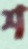
শ